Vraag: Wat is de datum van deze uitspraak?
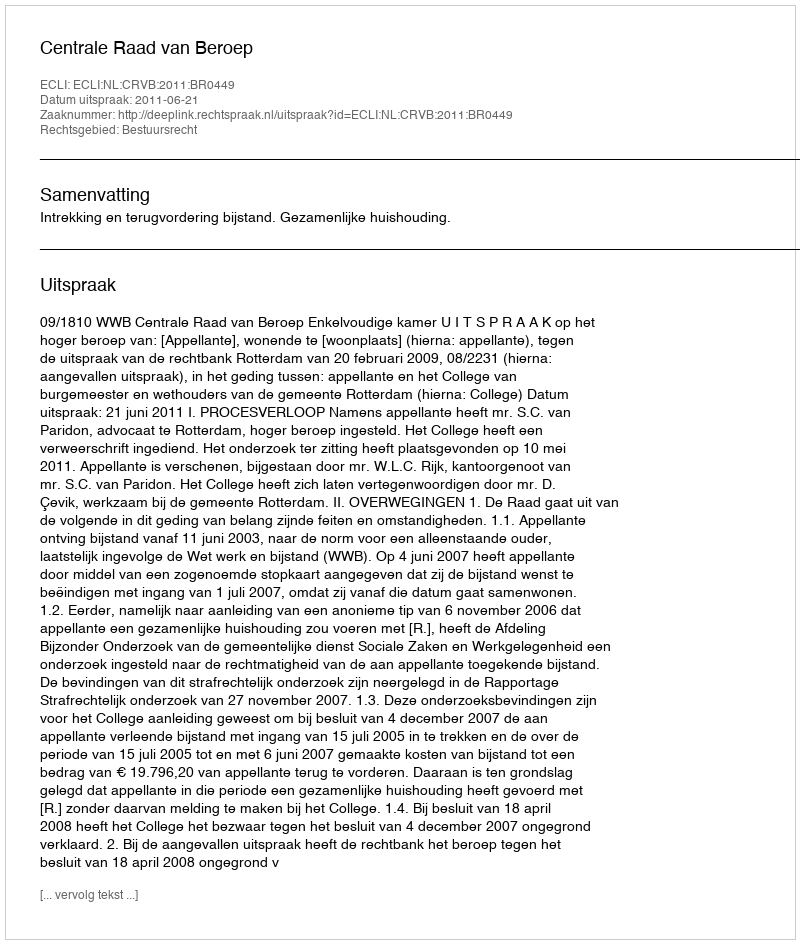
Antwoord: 2011-06-21